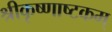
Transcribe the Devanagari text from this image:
श्रीकृष्णाष्टकम्